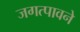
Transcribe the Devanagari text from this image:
जगत्पावने